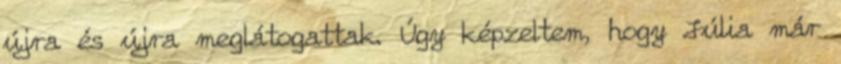
újra és újra meglátogattak. Úgy képzeltem, hogy Júlia már